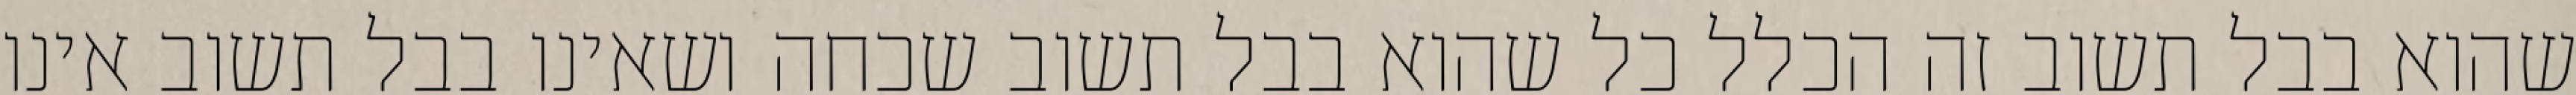
שהוא בבל תשוב זה הכלל כל שהוא בבל תשוב שכחה ושאינו בבל תשוב אינו